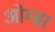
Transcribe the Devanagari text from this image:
ओम्ब्रा